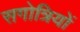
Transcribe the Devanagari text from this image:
सगोत्रियों